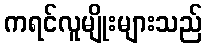
ကရင်လူမျိုးများသည်